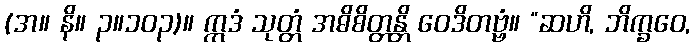
(အ။ နိ။ ၃။၁၀၃)။ ဣဒံ သုတ္တံ အဓိစိတ္တန္တိ ဝေဒိတဗ္ဗံ။ “ဆဟိ, ဘိက္ခဝေ,